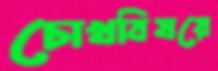
চোখবিষয়ে